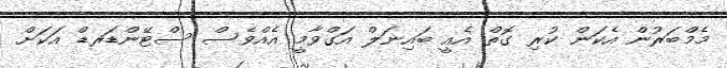
މެމްބަރުން އެކަން ކުރި ގޮތް އެއީ ބައިނަލް އަގްވާމީ އެއްވެސް ސްޓޭންޑަރޑް އަކަށް